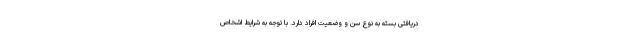
دریافتی بسته به نوع سن و وضعیت افراد دارد. با توجه به شرایط اشخاص